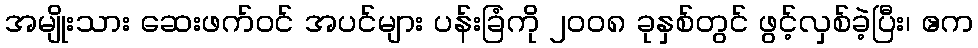
အမျိုးသား ဆေးဖက်ဝင် အပင်များ ပန်းခြံကို ၂၀၀၈ ခုနှစ်တွင် ဖွင့်လှစ်ခဲ့ပြီး၊ ဧက